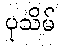
ပုသိမ်